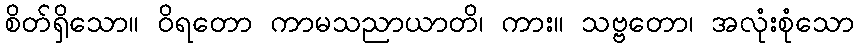
စိတ်ရှိသော။ ဝိရတော ကာမသညာယာတိ၊ ကား။ သဗ္ဗတော၊ အလုံးစုံသော